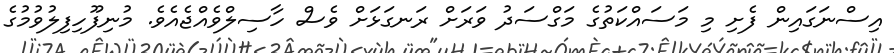
އިސްނަގައިން ފެށި މި މަސައްކަތުގެ މަގްސަދު ވަރަށް ރަނގަޅަށް ވެސް ހާސިލްވެއްޖެއެވެ. މުނިފޫހިފިލުވުމުގެ